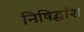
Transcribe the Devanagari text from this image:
निषिद्धांश